Report on sanitation, dispensaries, and jails in Rajputana for 1918, and on vaccination for the year 1918-1919 - 1918-1919
Year: 1918
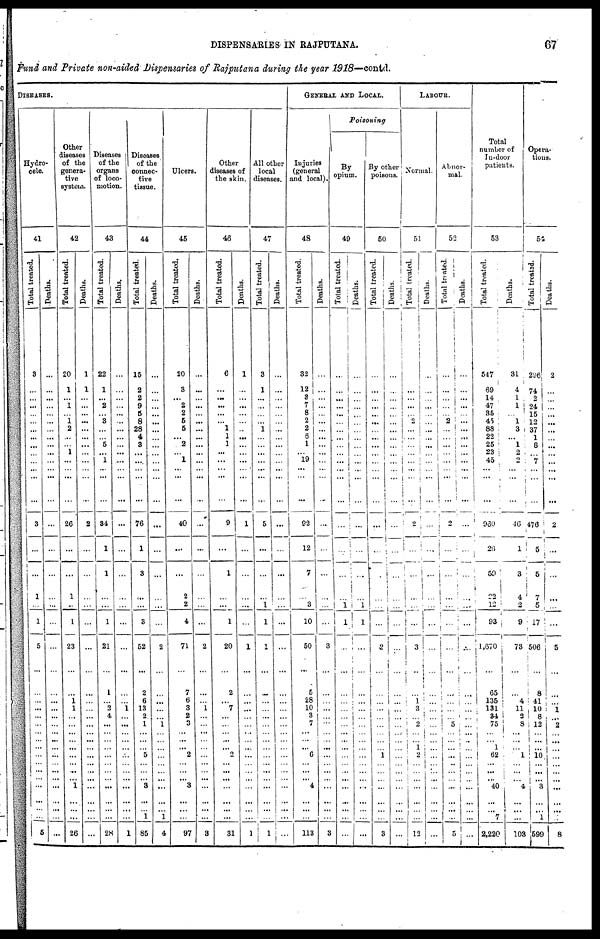
DISPENSARIES IN RAJPUTANA.
67
Fund and Private non-aided Dispensaries of Rajputana during the year 1918—contd.
DISEASES.
Hydro-
cele.
41
Total treated.
3
...
...
...
...
...
...
...
...
...
...
...
...
...
3
...
...
1
...
1
5
...
...
...
...
...
...
...
...
...
...
...
...
...
...
...
...
...
5
Deaths.
...
...
...
...
...
...
...
...
...
...
...
...
...
...
...
...
...
...
...
...
...
...
...
...
...
...
...
...
...
...
...
...
...
...
...
...
...
...
...
Other
diseases
of the
genera-
tive
system.
42
Total treated.
20
1
...
1
...
1
2
...
...
1
...
...
...
...
26
...
...
1
...
1
23
...
...
1
1
...
...
...
...
...
...
...
...
... 1
...
...
...
26
Deaths.
1
1
...
...
...
...
...
...
...
...
...
...
...
...
2
...
...
...
...
...
...
...
...
...
...
...
...
...
...
...
...
...
...
...
...
...
...
...
...
Diseases
of the
organs
of loco-
motion.
43
Total treated.
22
1
...
2
...
3
...
...
5
...
1
...
...
...
34
1
1
...
...
1
21
...
1
...
2
4
...
...
...
...
...
...
...
...
...
...
...
...
28
Deaths.
...
...
...
...
...
...
...
...
...
...
...
...
...
...
...
...
...
...
...
...
...
...
...
...
1
...
...
...
...
...
...
...
...
...
...
...
...
...
1
Diseases
of the
connec-
tive
tissue.
44
Total treated.
15
2
2
9
5
8
28
4
3
...
...
...
...
...
76
1
3
...
...
3
52
...
2
6
13
2
1
...
...
... 5
...
...
...
3
...
...
1
85
Deaths.
...
...
...
...
...
...
...
...
...
...
...
...
...
...
...
...
...
...
...
...
2
...
...
...
...
...
1
...
...
...
...
...
...
...
...
...
...
1
4
Ulcers.
45
Total treated.
20
3
...
2
2
5
5
...
2
...
1
...
...
...
40
...
...
2
2
4
71
...
7
6
3
2
3
...
...
... 2
...
...
...
3
...
...
...
97
Deaths.
...
...
...
...
...
...
...
...
...
...
...
...
...
...
...
...
...
...
...
...
2
...
...
...
1
...
...
...
...
...
...
...
...
...
...
...
...
...
3
Other
diseases of
the skin.
46
Total treated.
6
...
...
...
...
...
1
1
1
...
...
...
...
...
9
...
1
...
...
1
20
...
2
...
7
...
...
...
...
... 2
...
...
...
...
...
...
...
31
Deaths.
1
...
...
...
...
...
...
...
...
...
...
...
...
...
1
...
...
...
...
...
1
...
...
...
...
...
...
...
... ...
...
...
...
...
...
...
...
...
1
All other
local
diseases.
47
Total treated.
3
1
...
...
...
...
1
...
...
...
...
...
...
...
5
...
...
...
1
1
1
...
...
...
...
...
...
...
...
...
...
...
...
...
...
...
...
...
...
Deaths.
...
...
...
...
...
...
...
...
...
...
...
...
...
...
...
...
...
...
...
...
...
...
...
...
...
...
...
...
...
...
...
...
...
...
...
...
...
...
...
GENERAL AND LOCAL.
Injuries
(general
and local).
48
Total treated.
32
12
3
7
8
2
2
6
1
...
19
...
...
...
92
12
7
...
3
10
50
...
5
28
10
3
7
...
...
... 6
...
...
... 4
...
...
...
113
Deaths.
...
...
...
...
...
...
...
...
...
...
...
...
...
...
...
...
...
...
...
...
3
...
...
...
...
...
...
...
...
...
...
...
...
...
...
...
...
...
3
Poisoning
By
opium.
49
Total treated.
...
...
...
...
...
...
...
...
...
...
...
...
...
...
...
...
...
...
1
1
...
...
...
...
...
...
...
...
...
...
...
...
...
...
...
...
...
...
...
Deaths.
...
...
...
...
...
...
...
...
...
...
...
...
...
...
...
...
...
...
1
1
...
...
...
...
...
...
...
1
...
...
...
...
...
...
...
...
...
...
...
By other
poisons.
50
Total treated.
...
...
...
...
...
...
...
...
...
...
...
...
...
...
...
...
...
...
...
...
2
...
...
...
...
...
...
...
...
... 1
...
...
...
...
...
...
...
3
Deaths.
...
...
...
...
...
...
...
...
...
...
...
...
...
...
...
...
...
...
...
...
...
...
...
...
...
...
...
...
...
...
...
...
...
...
...
...
...
...
...
LABOUR.
Normal.
51
Total treated.
...
...
...
... ...
2 ...
...
...
...
...
...
...
...
2
...
...
...
...
...
3
...
...
1
3
...
2
...
...
1
2
...
...
... ...
...
...
...
12
Deaths.
...
...
...
...
...
...
...
...
...
...
...
...
...
...
...
...
...
...
...
...
...
...
...
...
...
...
...
...
...
... ...
...
...
...
...
...
...
...
...
Abnor-
mal.
52
Total treated.
...
...
...
...
...
2
...
...
...
...
...
...
...
...
2
...
...
...
...
...
...
...
...
...
...
...
...
. . .
...
...
...
...
...
...
...
...
...
...
5
Deaths.
...
...
...
...
...
...
...
...
...
...
...
...
...
...
...
...
...
...
...
...
...
...
...
...
...
...
...
...
...
...
...
...
...
...
...
...
...
...
...
Total
number of
In-door
patients.
53
Total treated.
547
69
14
47
35
45
88
22
25
23
45
...
...
...
960
26
59
22
12
93
1,670
...
65
135
131
34
75
...
...
1
62
...
...
...
40
...
...
7
2,220
Deaths.
31
4
1
1
...
1
3
...
1
2
2
...
...
...
46
1
3
4
2
9
73
...
...
4
11 2
8
...
...
...
1
...
...
...
4
... ...
...
103
Opera-
tions.
54
Total treated.
296
74
2
24
15
12
37
1
8
...
7
...
...
...
476
5
5
7
5
17
506
...
8
41
10
8
12
...
...
...
10
...
...
...
3
...
...
1
599
Deaths.
2
...
...
...
...
...
...
...
...
...
...
...
...
...
2
...
...
...
...
...
5
...
...
...
1
...
2
...
...
...
...
...
...
...
...
...
...
...
8